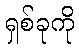
ရှစ်ခုကို